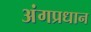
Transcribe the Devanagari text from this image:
अंगप्रधान